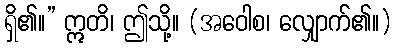
ရှိ၏။” ဣတိ၊ ဤသို့။ (အဝေါစ၊ လျှောက်၏။)